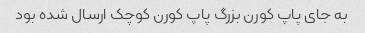
به جای پاپ کورن بزرگ پاپ کورن کوچک ارسال شده بود